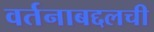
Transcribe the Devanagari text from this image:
वर्तनाबद्दलची